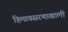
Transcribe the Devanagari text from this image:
हिमावसरणाखाली